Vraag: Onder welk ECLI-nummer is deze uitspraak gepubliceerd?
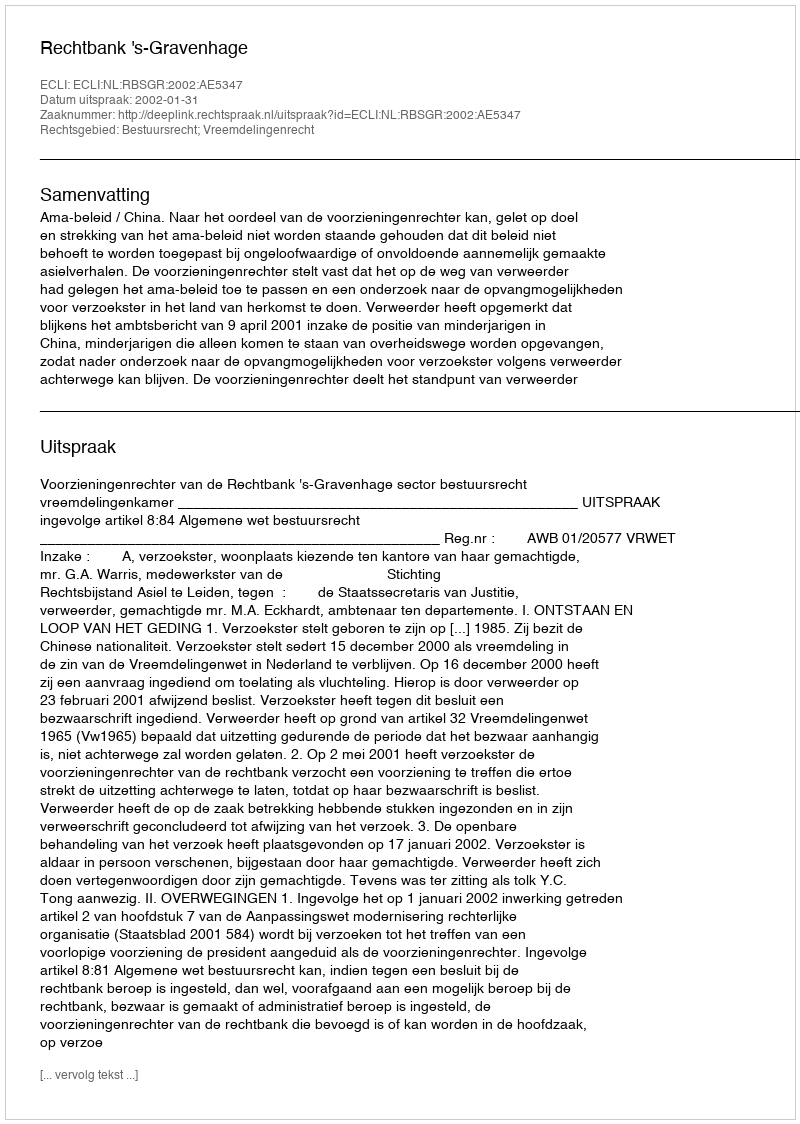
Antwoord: ECLI:NL:RBSGR:2002:AE5347